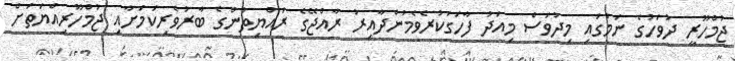
ޖުމްހޫރީ ދުވަހުގެ ނަމުގައި މިދުވަސް މިއަދު ފާހަގަކުރެވެމުންދާއިރު ރާއްޖޭގެ ރައްޔިތުންގެ ބާރުވެރިކަމަށާއި ޖުމްހޫރިއްޔަތަށް